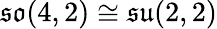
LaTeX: {\mathfrak{so}}(4,2)\cong{\mathfrak{su}}(2,2)